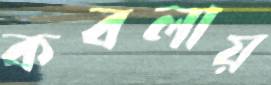
কবলায়